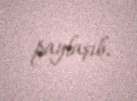
paylaşıb.